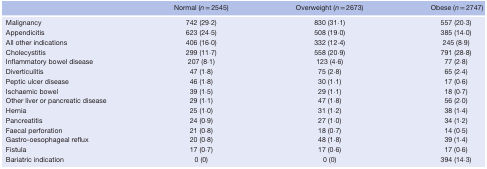
|  | Normal (n = 2545) | Overweight (n = 2673) | Obese (n = 2747) |
 | --- | --- | --- | --- |
 | Malignancy | 742 (29·2) | 830 (31·1) | 557 (20·3) |
 | Appendicitis | 623 (24·5) | 508 (19·0) | 385 (14·0) |
 | All other indications | 406 (16·0) | 332 (12·4) | 245 (8·9) |
 | Cholecystitis | 299 (11·7) | 558 (20·9) | 791 (28·8) |
 | Inflammatory bowel disease | 207 (8·1) | 123 (4·6) | 77 (2·8) |
 | Diverticulitis | 47 (1·8) | 75 (2·8) | 65 (2·4) |
 | Peptic ulcer disease | 46 (1·8) | 30 (1·1) | 17 (0·6) |
 | Ischaemic bowel | 39 (1·5) | 29 (1·1) | 18 (0·7) |
 | Other liver or pancreatic disease | 29 (1·1) | 47 (1·8) | 56 (2·0) |
 | Hernia | 25 (1·0) | 31 (1·2) | 38 (1·4) |
 | Pancreatitis | 24 (0·9) | 27 (1·0) | 34 (1·2) |
 | Faecal perforation | 21 (0·8) | 18 (0·7) | 14 (0·5) |
 | Gastro‐oesophageal reflux | 20 (0·8) | 48 (1·8) | 39 (1·4) |
 | Fistula | 17 (0·7) | 17 (0·6) | 17 (0·6) |
 | Bariatric indication | 0 (0) | 0 (0) | 394 (14·3) |